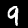
Label: 9